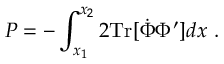
P = - \int _ { x _ { 1 } } ^ { x _ { 2 } } 2 \mathrm { T r } [ \dot { \Phi } \Phi ^ { \prime } ] d x \ .